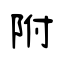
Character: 附